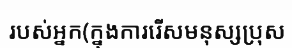
របស់អ្នក(ក្នុងការរើសមនុស្សប្រុស